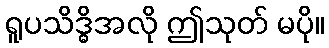
ရူပသိဒ္ဓိအလို ဤသုတ် မပို။